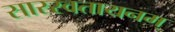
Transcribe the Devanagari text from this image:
सारस्वतायनम्